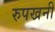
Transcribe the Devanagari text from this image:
रुपखनी